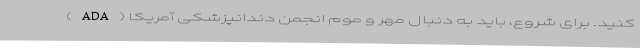
کنید. برای شروع، باید به دنبال مهر و موم انجمن دندانپزشکی آمریکا (ADA)